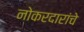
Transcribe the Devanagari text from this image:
नोकरदारांचे